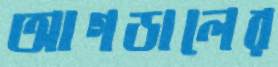
আগডালের